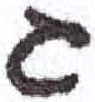
אות: ג